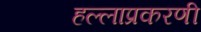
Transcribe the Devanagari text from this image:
हल्लाप्रकरणी